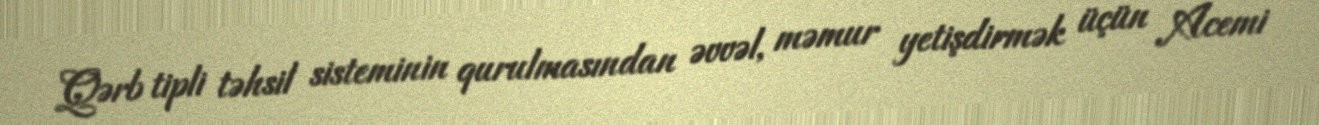
Qərb tipli təhsil sisteminin qurulmasından əvvəl, məmur yetişdirmək üçün Acemi